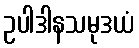
ဥပါဒါနသမုဒယံ